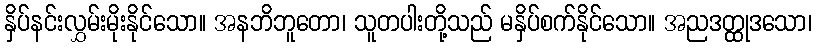
နှိပ်နင်းလွှမ်းမိုးနိုင်သော။ အနဘိဘူတော၊ သူတပါးတို့သည် မနှိပ်စက်နိုင်သော။ အညဒတ္ထုဒသော၊